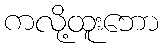
ကလို့ထူးဘော